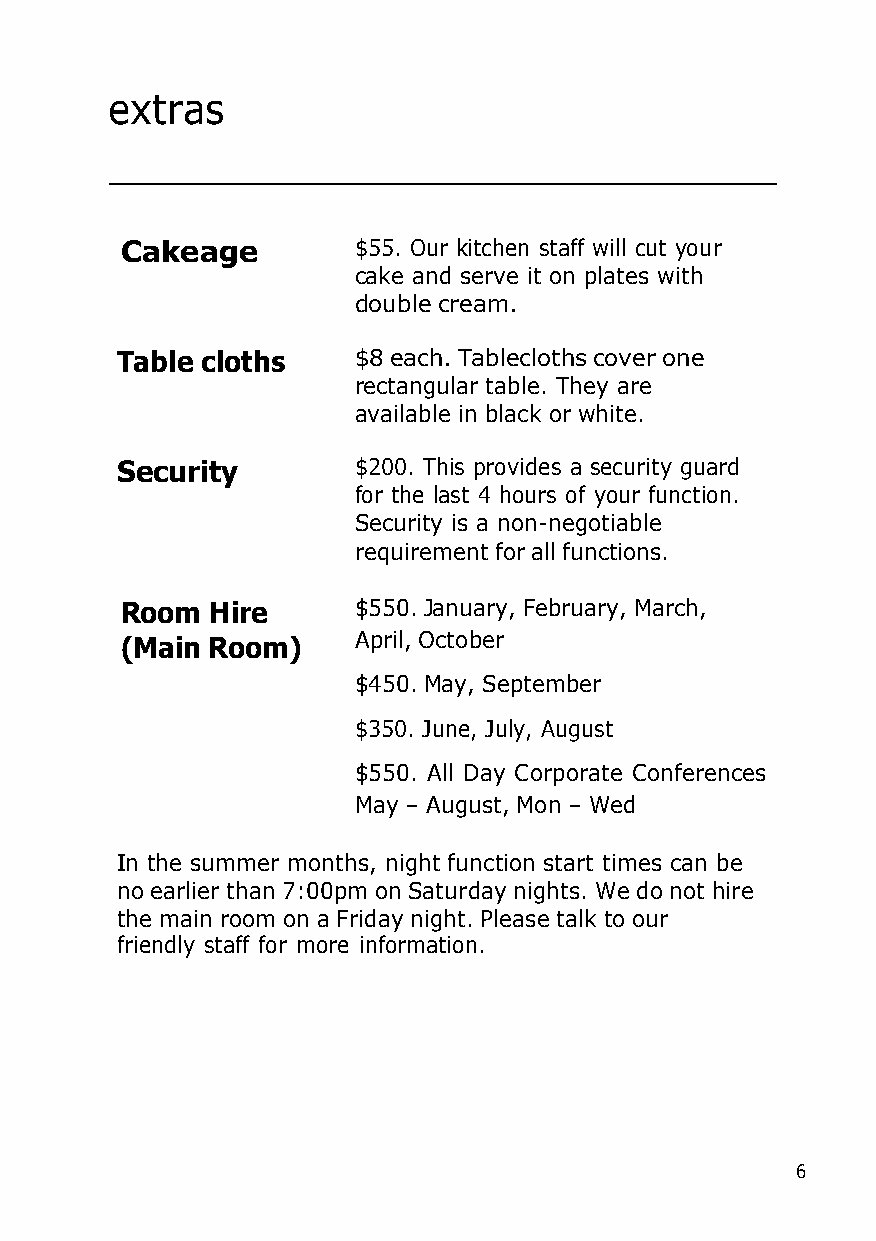
extras
 Cakeage        $55. Our kitchen staff will cut your
 cake and serve it on plates with
 double cream.
 Table cloths   $8 each. Tablecloths cover one
 rectangular table. They are
 available in black or white.
 Security       $200. This provides a security guard
 for the last 4 hours of your function.
 Security is a non-negotiable
 requirement for all functions.
 Room  Hire     $550. January, February, March,
 (Main Room)    April, October
 $450. May, September
 $350. June, July, August
 $550. All Day Corporate Conferences
 May – August, Mon – Wed
 In the summer months, night function start times can be
 no earlier than 7:00pm on Saturday nights. We do not hire
 the main room on a Friday night. Please talk to our
 friendly staff for more information.
 6